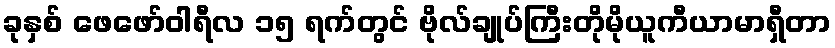
ခုနှစ် ဖေဖော်ဝါရီလ ၁၅ ရက်တွင် ဗိုလ်ချုပ်ကြီးတိုမိုယူကီယာမာရှီတာ